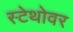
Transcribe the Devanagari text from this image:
स्टेथोवर